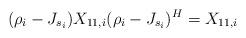
LaTeX: \begin{align*} (\rho_i - J_{s_i}) X_{11,i} (\rho_i - J_{s_i})^H = X_{11,i}\end{align*}